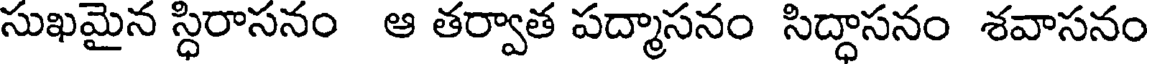
సుఖమైన స్ధిరాసనం ఆ తర్వాత పద్మాసనం సిద్ధాసనం శవాసనం